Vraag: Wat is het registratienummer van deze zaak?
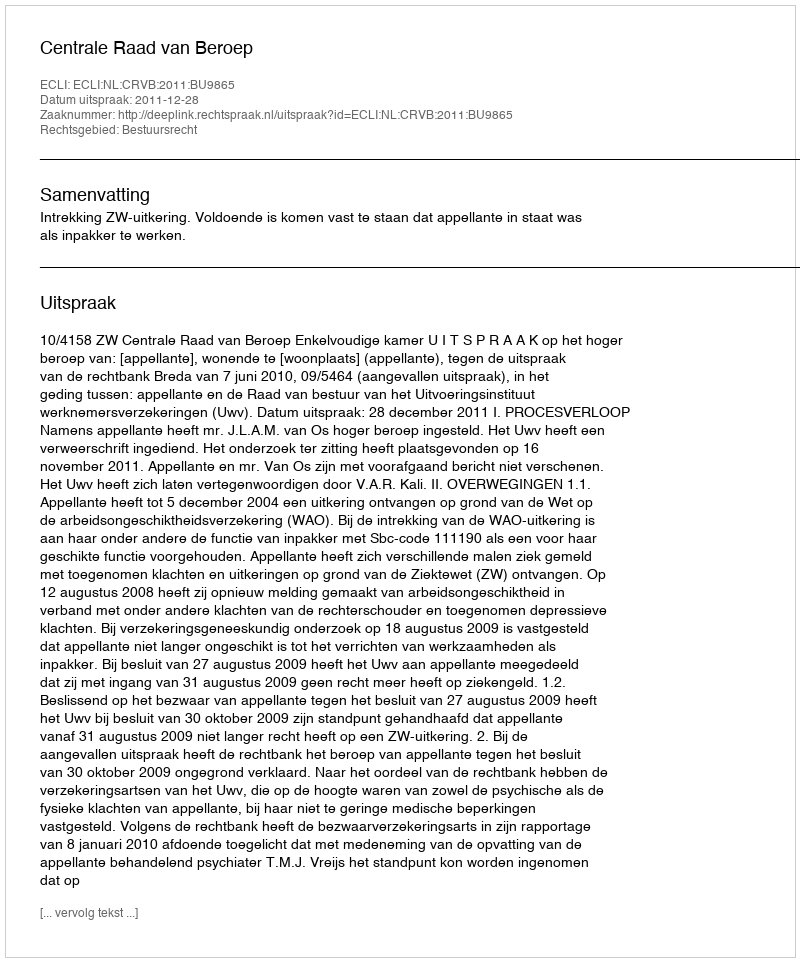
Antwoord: http://deeplink.rechtspraak.nl/uitspraak?id=ECLI:NL:CRVB:2011:BU9865